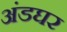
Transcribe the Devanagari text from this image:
अंडघर